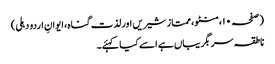
(صفحہ ۱۰، منٹو، ممتاز شیریں اور لذت گناہ، ایوانِ اردو دہلی)
ناطقہ سربگریباں ہے اسے کیا کہئے۔